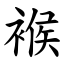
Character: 䙈